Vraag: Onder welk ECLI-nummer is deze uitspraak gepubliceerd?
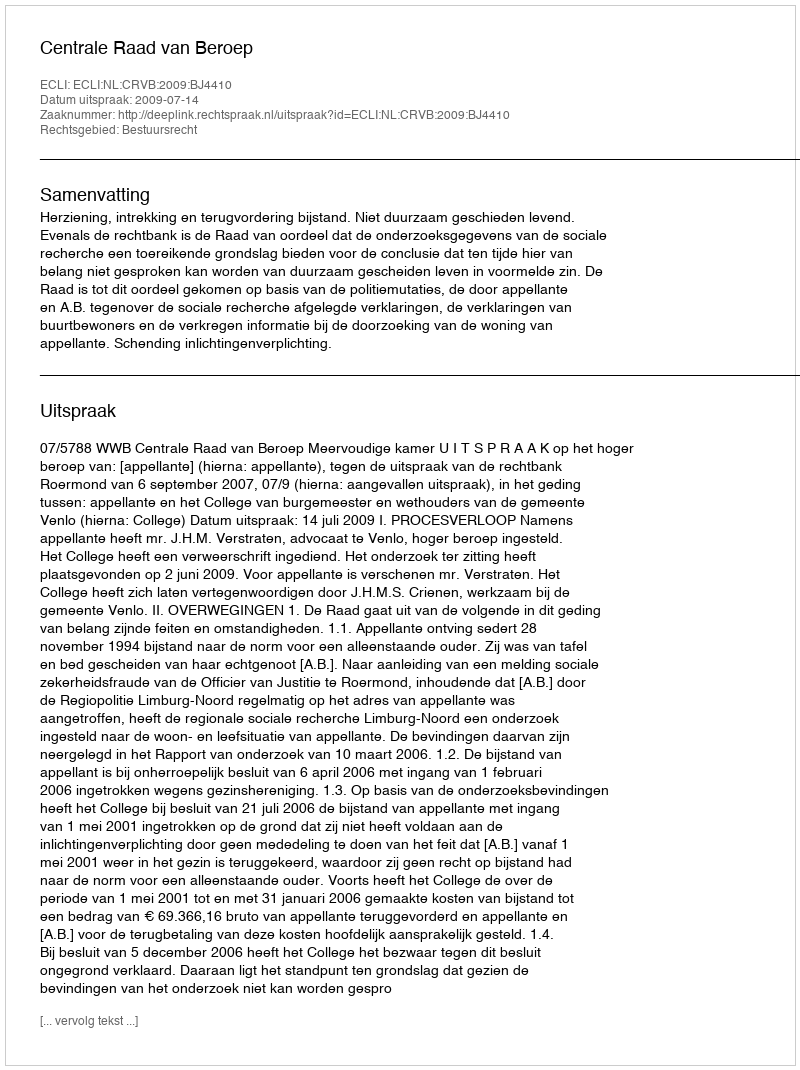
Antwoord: ECLI:NL:CRVB:2009:BJ4410